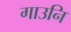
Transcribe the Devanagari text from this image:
गाउनि